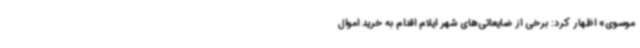
موسوی» اظهار کرد: برخی از ضایعاتی‌های شهر ایلام اقدام به خرید اموال